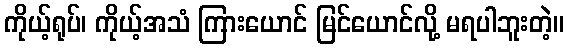
ကိုယ့်ရုပ်၊ ကိုယ့်အသံ ကြားယောင် မြင်ယောင်လို့ မရပါဘူးတဲ့။